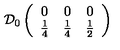
\mathcal { D } _ { 0 } \left( \begin{array} { c c c } { 0 } & { 0 } & { 0 } \\ { \frac { 1 } { 4 } } & { \frac { 1 } { 4 } } & { \frac { 1 } { 2 } } \\ \end{array} \right)